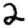
Digit: 2